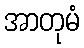
အာတုမံ